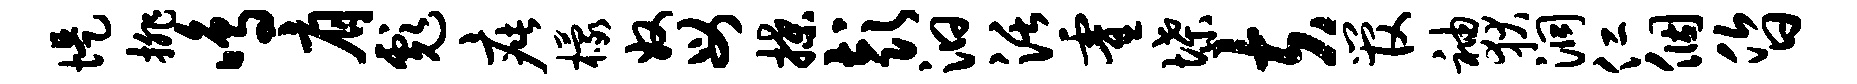
堤排鸣肩彪疵檬奴母揲彭汩活霍堞夫管袖狄洞仁个昏